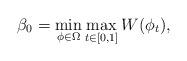
LaTeX: \begin{align*} \beta_0=\min_{\phi\in \Omega}\max_{t\in [0,1]}W(\phi_t), \end{align*}